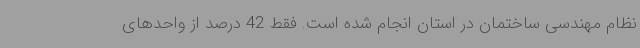
نظام مهندسی ساختمان در استان انجام شده است. فقط 42 درصد از واحدهای